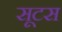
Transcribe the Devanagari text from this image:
सूटस